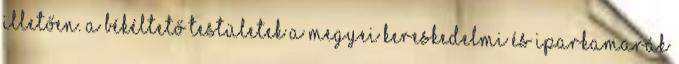
illetően. A békéltető testületek a megyei kereskedelmi és iparkamarák